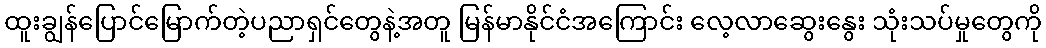
ထူးချွန်ပြောင်မြောက်တဲ့ပညာရှင်တွေနဲ့အတူ မြန်မာနိုင်ငံအကြောင်း လေ့လာဆွေးနွေး သုံးသပ်မှုတွေကို